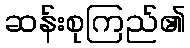
ဆန်းစုကြည်၏